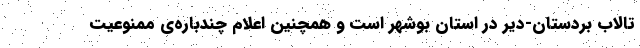
تالاب بردستان-دیّر در استان بوشهر است و همچنین اعلام چندباره‌ی ممنوعیت